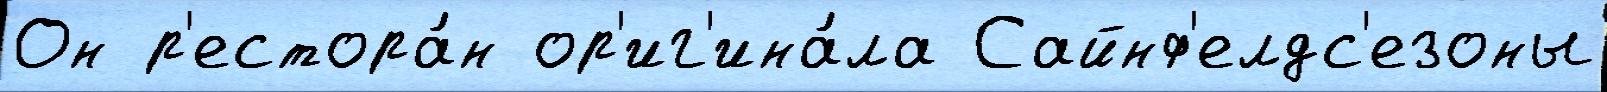
Он р'естора́н ор'иг'ина́ла Сайнф'елдс'езоны